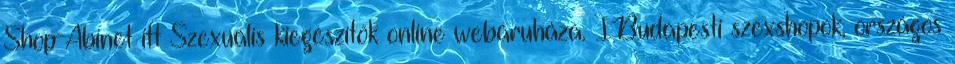
Shop-Abinet itt Szexuális kiegészítők online webáruháza. ÍBudapesti szexshopok, országos